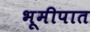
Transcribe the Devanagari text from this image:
भूमीपात